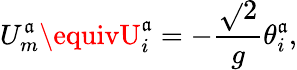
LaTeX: U_{m}^{\mathfrak{a}}\equivU_{i}^{\mathfrak{a}}=-{\frac{{\sqrt{}{{2}}}}{{g}}}\theta_{i}^{\mathfrak{a}},